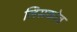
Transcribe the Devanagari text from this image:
लिसकोव